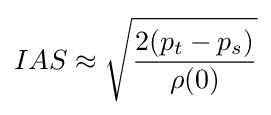
IAS\approx {\sqrt {\frac {2(p_{t}-p_{s})}{\rho (0)}}}